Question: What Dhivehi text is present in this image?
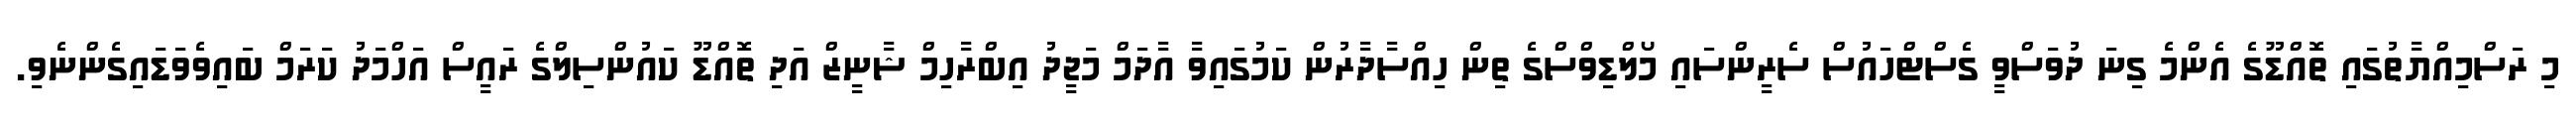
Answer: މި ރަސްމިއްޔާތުގައި ތޮއްޑޫގެ އެންމެ ގިނަ ދުވަސްވީ ގެސްޓްހައުސް ސެރީންސައި މޯލްޑިވްސްގެ ތިން ހިއްސާދާރުން ކަމުގައިވާ އާދަމް މަޖީދު އިބްރާހިމް ޝާނީޒް އަދި ތޮއްޑޫ ކައުންސިލްގެ ރައީސް އަހްމަދު ކަރަމް ބައިވެވަޑައިގެންނެވި.